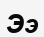
Ээ